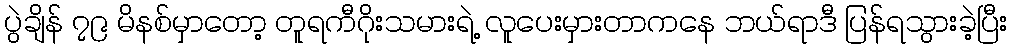
ပွဲချိန် ၇၉ မိနစ်မှာတော့ တူရကီဂိုးသမားရဲ့ လူပေးမှားတာကနေ ဘယ်ရာဒီ ပြန်ရသွားခဲ့ပြီး